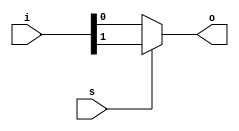
module mux2in16(input [1:0] i, input s, output o);
    assign o = s ? i[1] : i[0];
endmodule